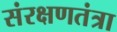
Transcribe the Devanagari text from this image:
संरक्षणतंत्रा